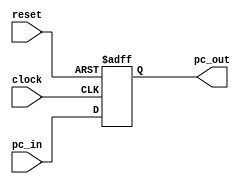

module pc(clock, reset, pc_in, pc_out);
	input clock, reset;
	input [31:0] pc_in;
	output [31:0] pc_out;
	reg [31:0] pc_out;
	
	initial
   begin
			pc_out=32'd0;
   end
	always @ (posedge clock or posedge reset)
	begin
		if(reset)
			pc_out<=32'd0;
		else
			pc_out<=pc_in;
	end
endmodule